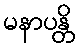
မနာပန္တိ